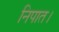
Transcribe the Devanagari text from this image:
निपात।